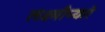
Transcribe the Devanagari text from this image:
लक्ष्मीप्यारे